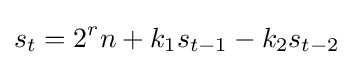
s_{t}=2^{r}n+k_{1}s_{t-1}-k_{2}s_{t-2}